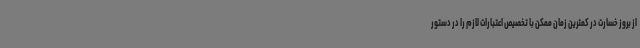
از بروز خسارت در کمترین زمان ممکن با تخصیص اعتبارات لازم را در دستور